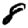
Digit: 8